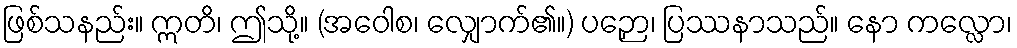
ဖြစ်သနည်း။ ဣတိ၊ ဤသို့။ (အဝေါစ၊ လျှောက်၏။) ပဉှော၊ ပြဿနာသည်။ နော ကလ္လော၊